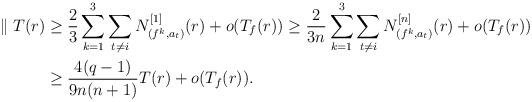
LaTeX: \begin{align*}\parallel T(r)&\ge \dfrac{2}{3}\sum_{k=1}^3 \sum_{t\ne i}N_{(f^k,a_t)}^{[1]}(r)+o(T_f(r))\ge \dfrac{2}{3n}\sum_{k=1}^3 \sum_{t\ne i}N_{(f^k,a_t)}^{[n]}(r)+o(T_f(r))\\&\ge\dfrac{4(q-1)}{9n(n+1)}T(r)+o(T_f(r)).\end{align*}